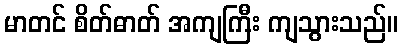
မာတင် စိတ်ဓာတ် အကျကြီး ကျသွားသည်။